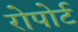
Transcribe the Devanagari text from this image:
रोपोर्ट